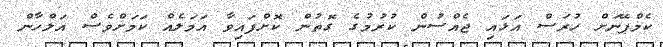
ކެމްޕޭނަށް ހުރަސް އަޅައި ޖެއްސުން ކުރުމުގެ ގޮތުން ކޮށްފައިވާ އަމަލެއް ކަމަށްވެސް އަލްހާން